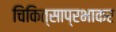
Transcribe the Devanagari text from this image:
चिकित्साप्रभाकर